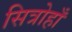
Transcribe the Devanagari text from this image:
सित्रोहाँ